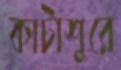
কাটাশুরে